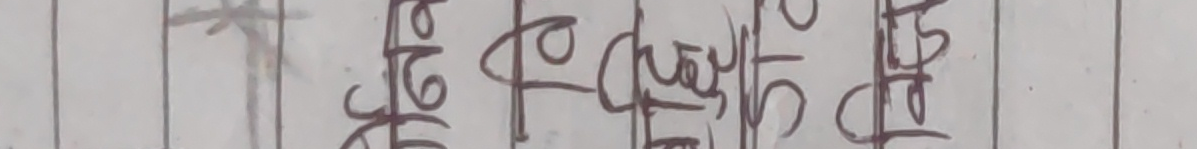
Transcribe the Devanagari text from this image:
x ५/६ रु १ ४/९ ९